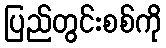
ပြည်တွင်းစစ်ကို